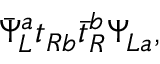
\bar { \Psi } _ { L } ^ { a } t _ { R b } \bar { t } _ { R } ^ { b } \Psi _ { L a } ,